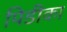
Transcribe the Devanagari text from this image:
पिडीका